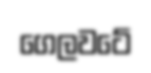
ගෙලවටේ